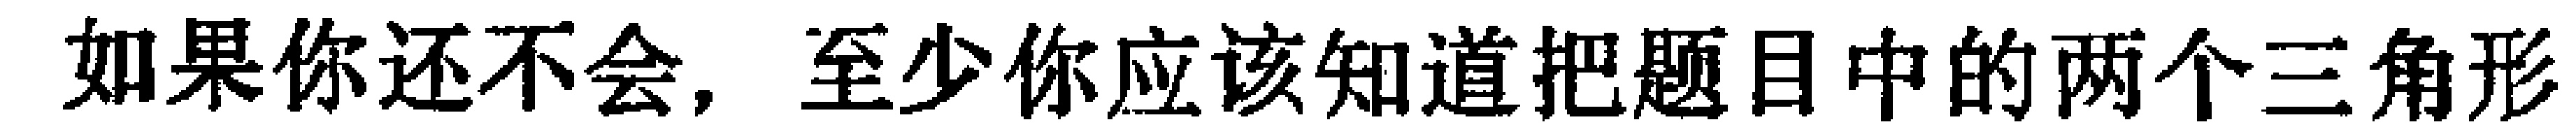
如果你还不会，至少你应该知道把题目中的两个三角形